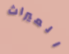
الميراث